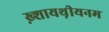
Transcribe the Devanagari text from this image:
ख़्शायथ़ीयनम